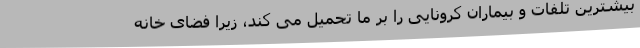
بیشترین تلفات و بیماران کرونایی را بر ما تحمیل می کند، زیرا فضای خانه